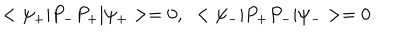
< \psi _ { + } | P _ { - } P _ { + } | \psi _ { + } > = 0 , \; \; < \psi _ { - } | P _ { + } P _ { - } | \psi _ { - } > = 0 .